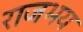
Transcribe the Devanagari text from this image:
राजभय